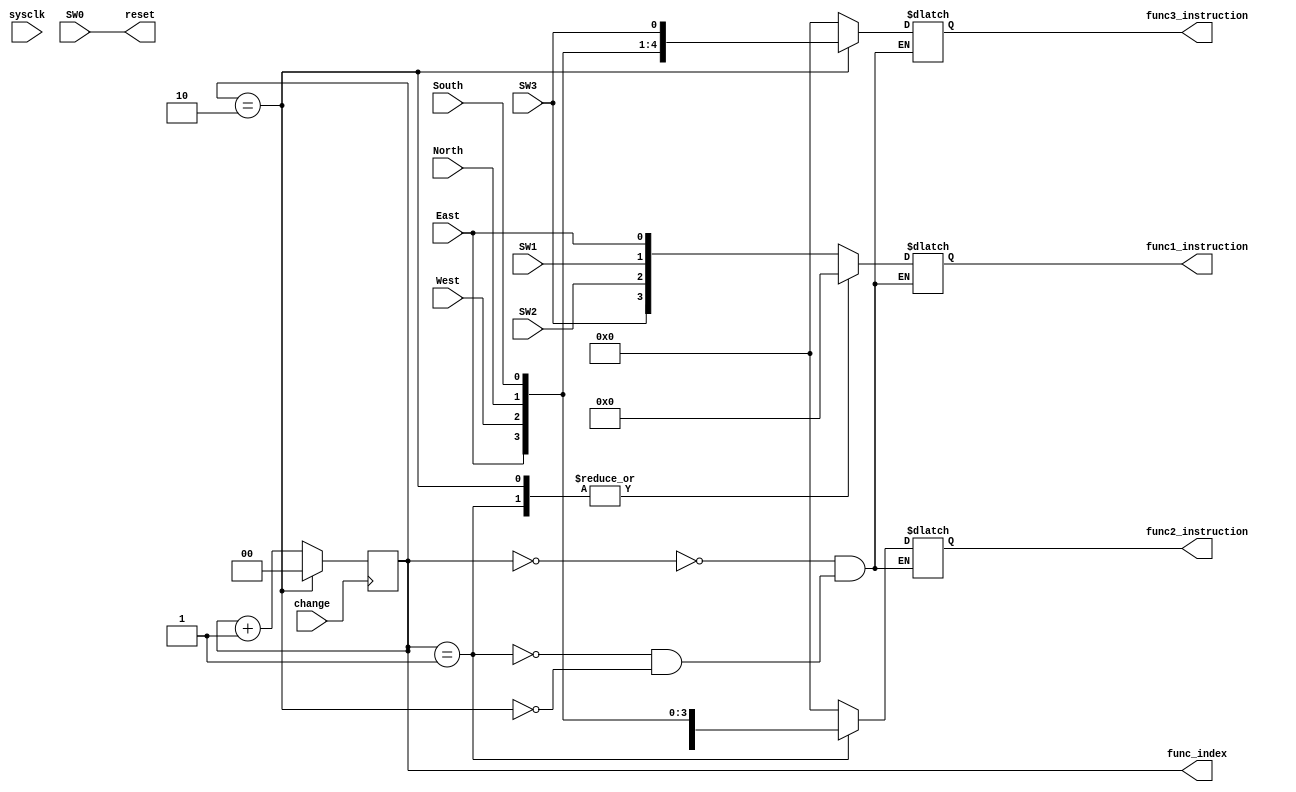
module keyboard_proc(
input wire East,
input wire West,
input wire North,
input wire South,
input wire SW0,
input wire SW1,
input wire SW2,
input wire SW3,
input wire change,
input wire sysclk,
output reg [1:0] func_index,
output reg [3:0] func1_instruction,
output reg [4:0] func2_instruction,
output reg [4:0] func3_instruction,
output reg reset);

reg [1:0] current_function;

initial begin
	//To debug function, change the default value.
	current_function = 0;
end

always @(posedge change) begin
	if (current_function == 2)
		current_function <= 0;
	else
		current_function <= current_function + 1;
end

always @(*) begin
	//Set the reset signal.
	reset = SW0;
	//Output the function index.
	func_index = current_function;
	//Check the function index.
	case (current_function)
		2'd0: begin
			//Output function 1 instruction.
			// Format is R, G, B, set
			// R G B are the switches for the SW3, SW2, SW1
			// Set will be the button east.
			func1_instruction = {{{SW3, SW2}, SW1}, East};
			// Clear the function 2.
			func2_instruction = 4'd0;
			// Clear the function 3.
			func3_instruction = 5'd0;
		end
		2'd1: begin
			// Clear the function 1.
			func1_instruction = 4'd0;
			//Output function 2 instruction.
			// Format is East, West, North, South button.
			func2_instruction = {SW3, {{{East, West}, North}, South}};
			// Clear the function 3.
			func3_instruction = 5'd0;
		end
		2'd2: begin
			// Clear the function 1.
			func1_instruction = 4'd0;
			// Clear the function 2.
			func2_instruction = 4'd0;
			//Output function 3 instruction.
			// Format is East, West, North, South, Scramble(SW3) button.
			func3_instruction = {{{{East, West}, North}, South}, SW3};
		end
	endcase
end

endmodule